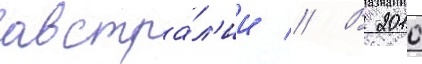
австра́л'ии // В 2010